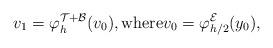
LaTeX: \begin{align*} v_1= \varphi_h^{\mathcal{T} + \mathcal{B}}(v_0), \textrm{where} v_0 = \varphi_{h/2}^{\mathcal{E}} (y_0),\end{align*}